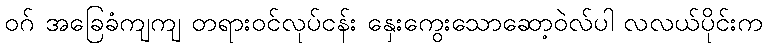
ဝဂ် အခြေခံကျကျ တရားဝင်လုပ်ငန်း နှေးကွေးသောဆော့ဝဲလ်ပါ လလယ်ပိုင်းက